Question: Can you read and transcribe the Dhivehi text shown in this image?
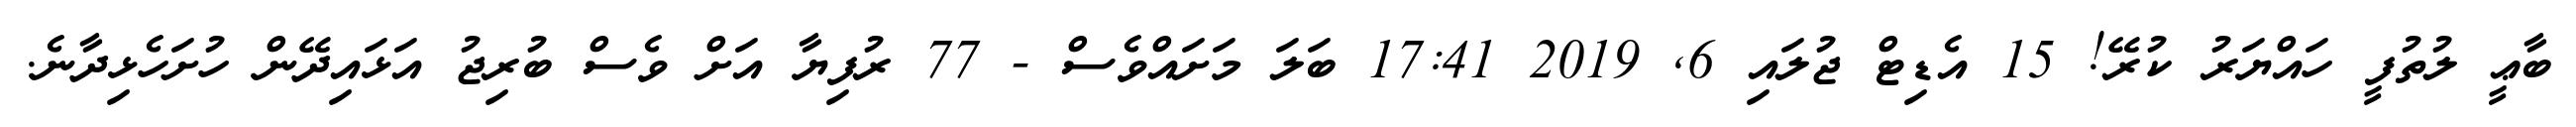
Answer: ބާޢީ ލުތުފީ ހައްޔަރު ކުރޭ! 15 އެޑިޓް ޖުލައި 6, 2019 17:41 ބަލަ މަށައްވެސް - 77 ރުފިޔާ އަށް ވެސް ބުރިޖު އަޅައިދޭން ހުށަހެޅިދާނެ.